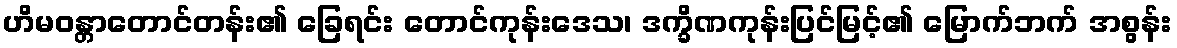
ဟိမဝန္တာတောင်တန်း၏ ခြေရင်း တောင်ကုန်းဒေသ၊ ဒက္ခိဏကုန်းပြင်မြင့်၏ မြောက်ဘက် အစွန်း